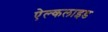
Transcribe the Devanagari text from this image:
ऐल्कलाइड